NAE_EAOK_eestikeelsed_sunnimeetrikad, lk 29
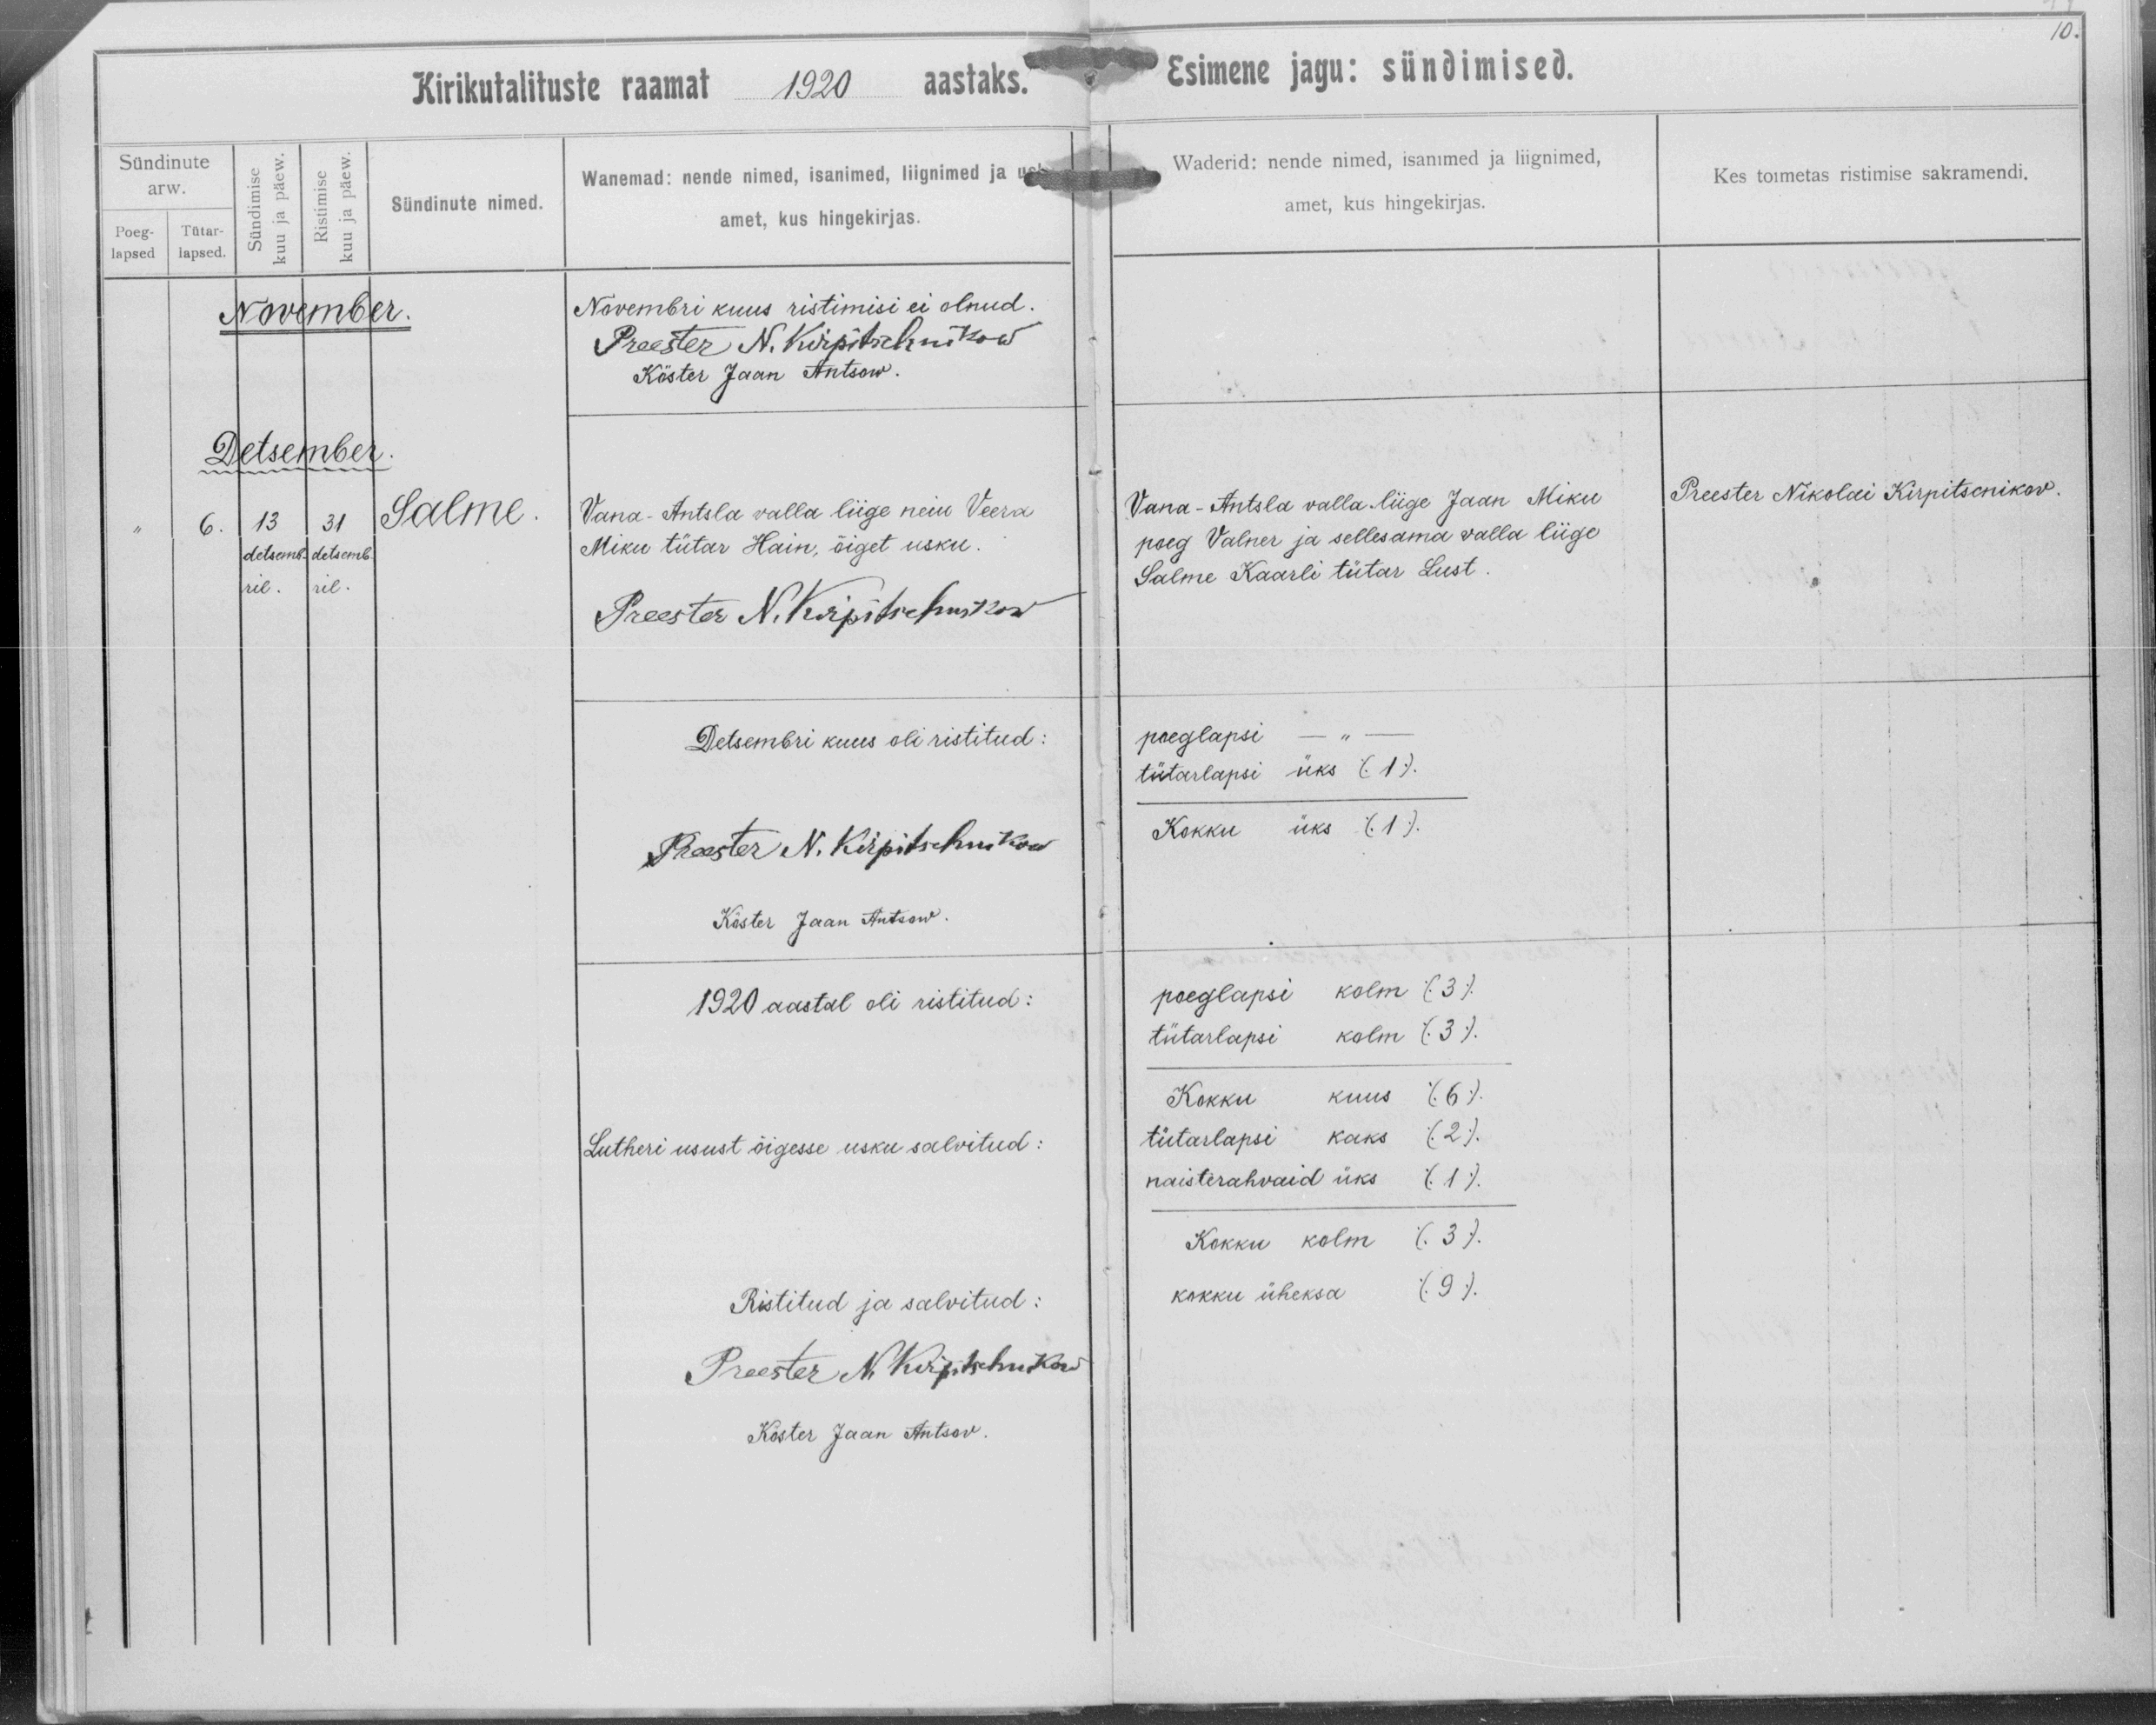
Salme

Vana-Antsla valla liige neiu Veera
Miku tütar Hain, õiget usku.